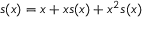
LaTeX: s ( x ) = x + x s ( x ) + x ^ { 2 } s ( x )